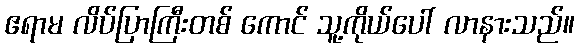
ဧရာမ လိပ်ပြာကြီးတစ် ကောင် သူ့ကိုယ်ပေါ် လာနားသည်။